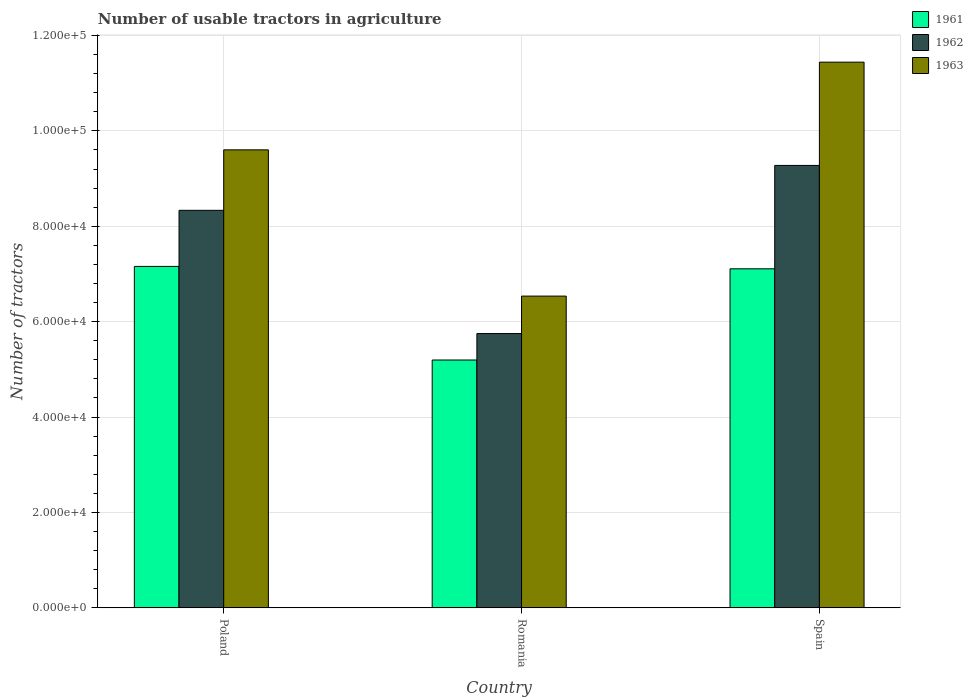
| Country | 1961 | 1962 | 1963 |
 | --- | --- | --- | --- |
 | Poland | 7.16e+04 | 8.33e+04 | 9.6e+04 |
 | Romania | 5.2e+04 | 5.75e+04 | 6.54e+04 |
 | Spain | 7.11e+04 | 9.28e+04 | 1.14e+05 |